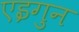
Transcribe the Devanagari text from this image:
एइगुन